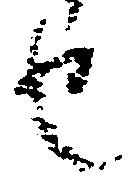
也